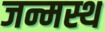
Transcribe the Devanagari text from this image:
जन्मस्थ